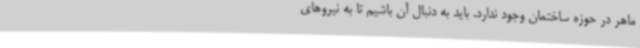
ماهر در حوزه ساختمان وجود ندارد. باید به دنبال آن باشیم تا به نیروهای